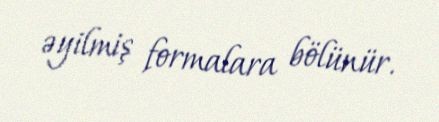
əyilmiş formalara bölünür.